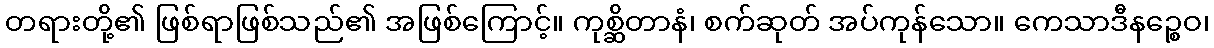
တရားတို့၏ ဖြစ်ရာဖြစ်သည်၏ အဖြစ်ကြောင့်။ ကုစ္ဆိတာနံ၊ စက်ဆုတ် အပ်ကုန်သော။ ကေသာဒီနဉ္စေဝ၊